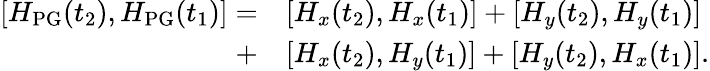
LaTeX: \begin{array}{rl}{[H_{\mathrm{PG}}(t_{2}),H_{\mathrm{PG}}(t_{1})]=}&{[H_{x}(t_{2}),H_{x}(t_{1})]+[H_{y}(t_{2}),H_{y}(t_{1})]}\\ {+}&{[H_{x}(t_{2}),H_{y}(t_{1})]+[H_{y}(t_{2}),H_{x}(t_{1})].}\end{array}